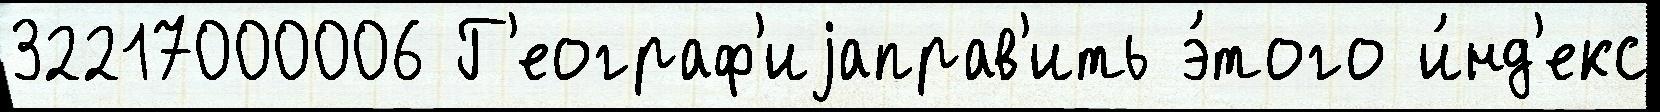
32217000006 Г'еограф'иjаправ'ить э́того и́нд'екс